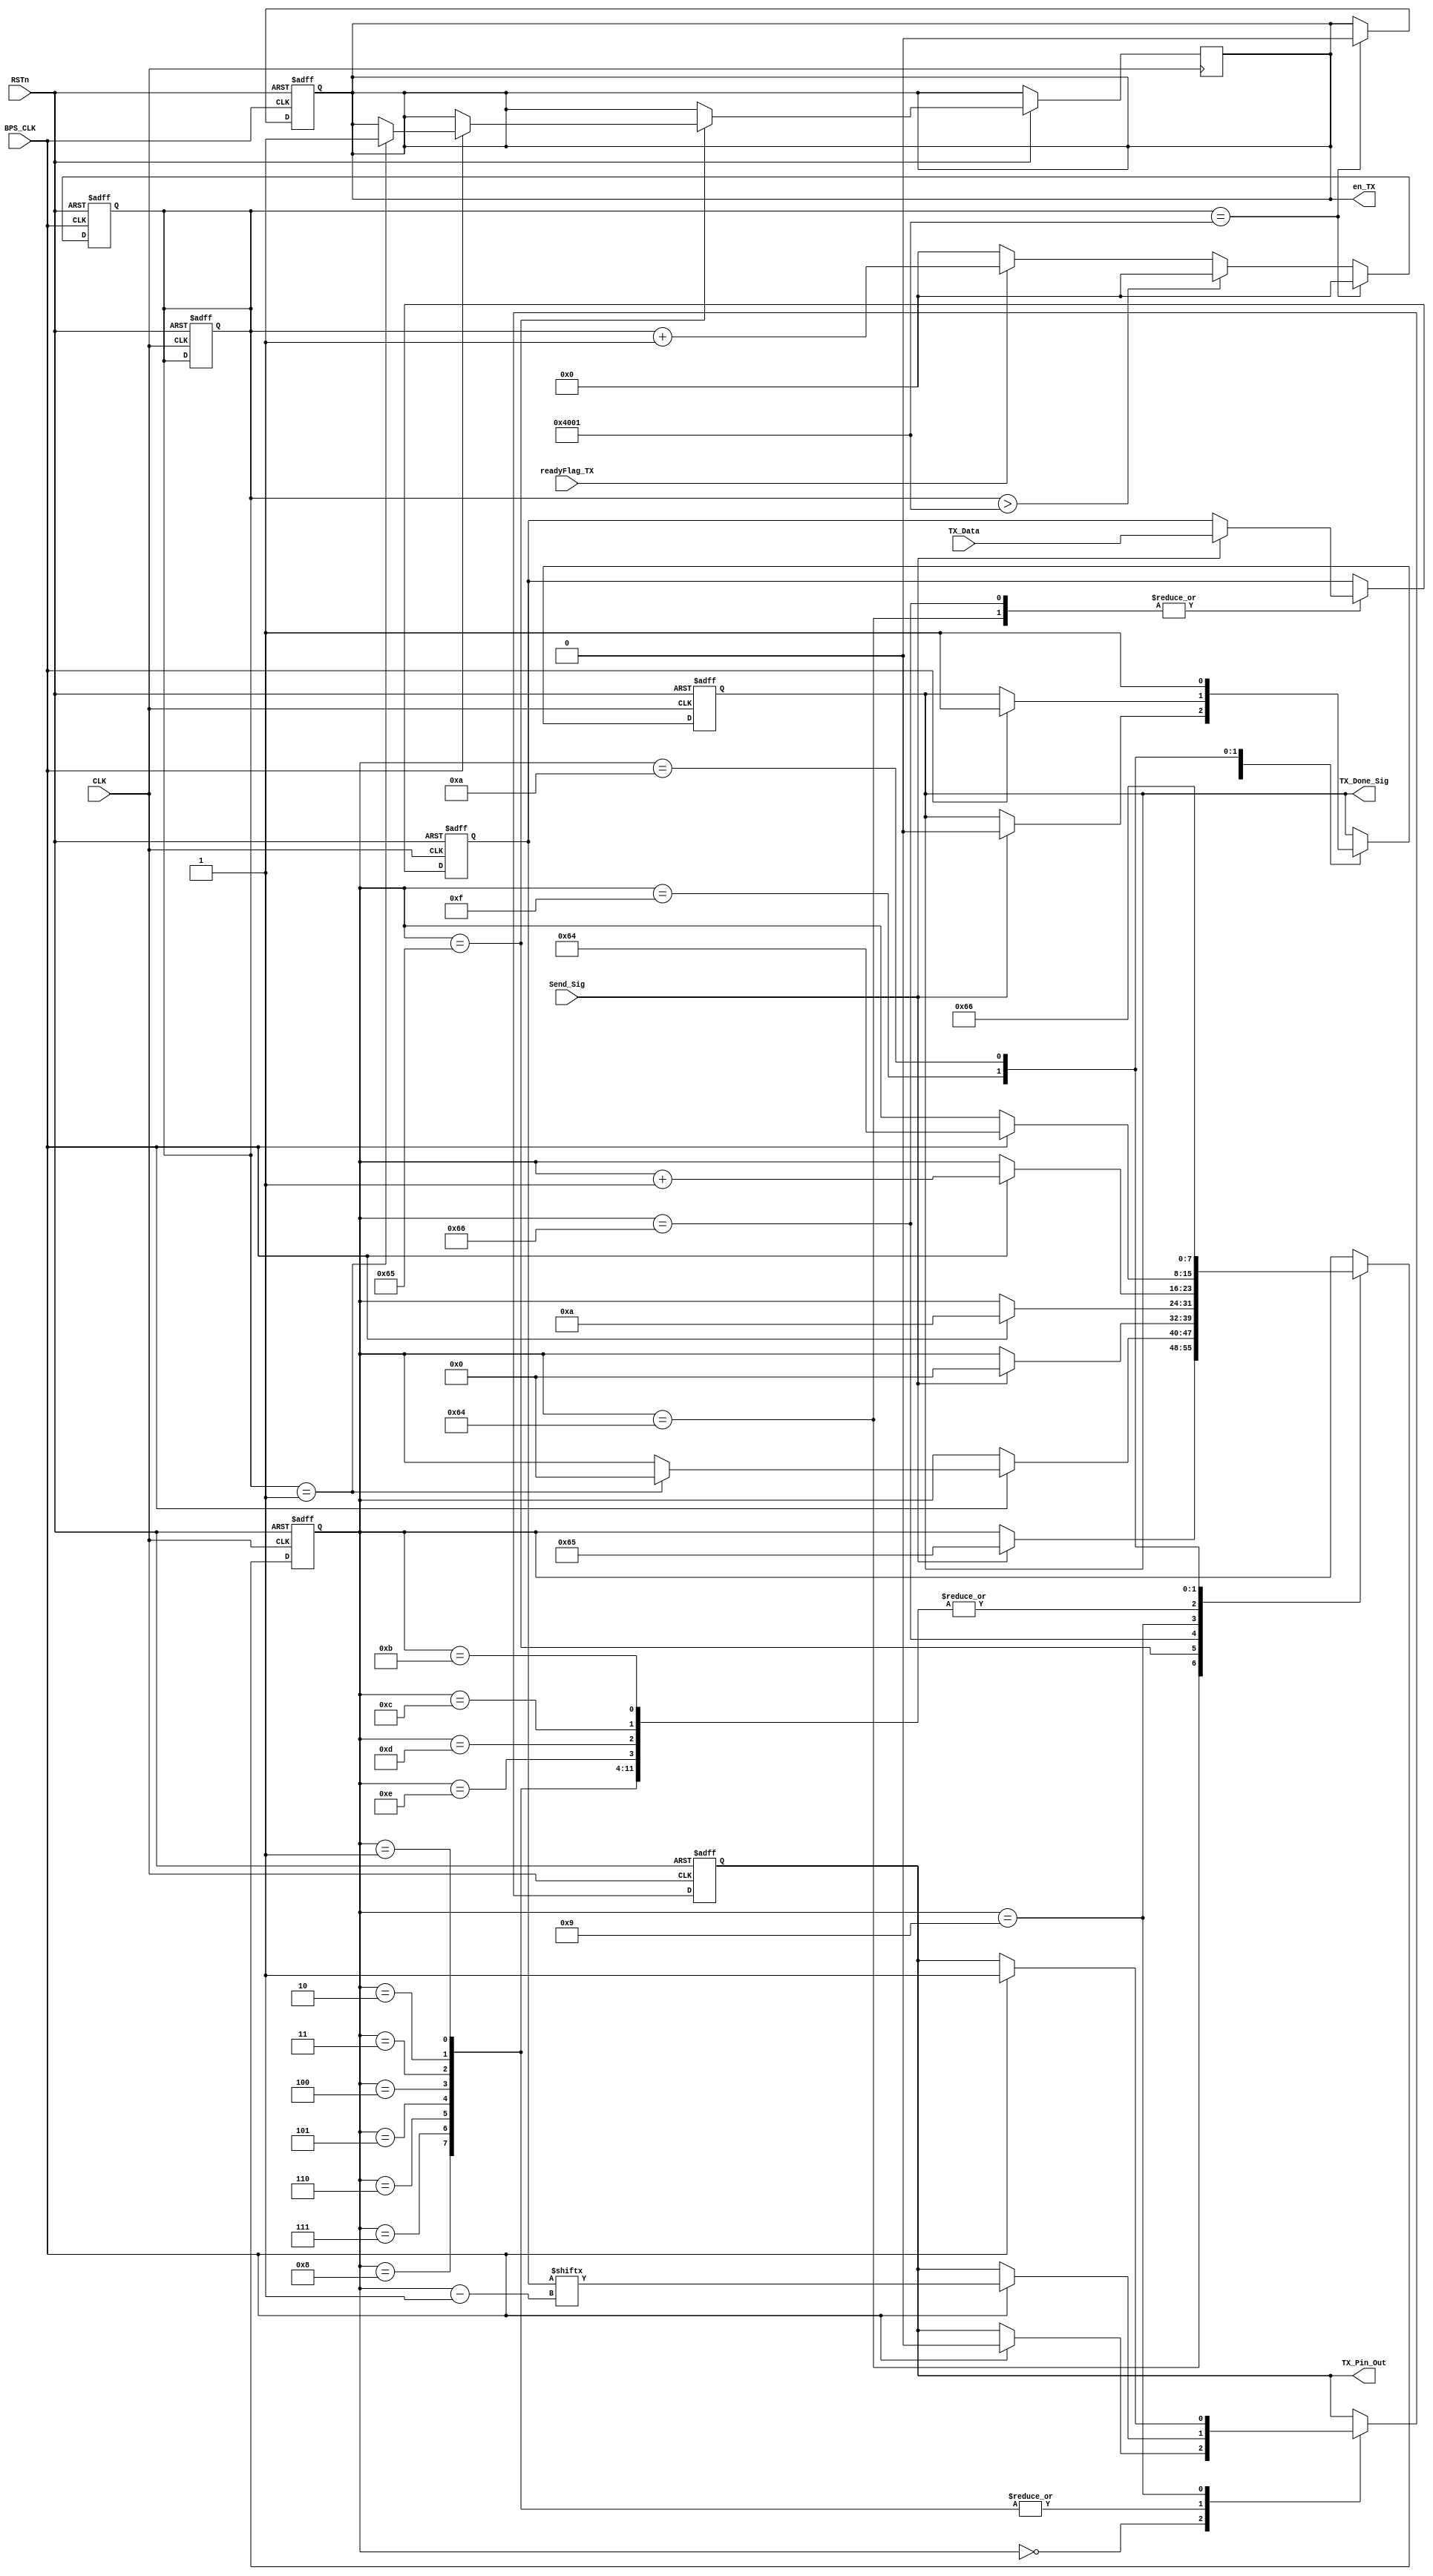
module tx_control_module
(
    CLK, RSTn,
	Send_Sig, TX_Data, BPS_CLK, 
    TX_Done_Sig, TX_Pin_Out,en_TX,readyFlag_TX
);
     input CLK;
	 input RSTn; 
	 input Send_Sig;
	 input [7:0]TX_Data;
	 input BPS_CLK;
	 input readyFlag_TX;
	 output TX_Done_Sig;
	 output TX_Pin_Out;
	 output en_TX;
	 /********************************************************/
	 reg [7:0] i;
	 reg [7:0] TX_Buf;
	 reg [7:0] count;
	 reg [15:0]count_ready;
	 reg rTX;
	 reg isDone;
	 reg en;
	 always @ ( posedge CLK or negedge RSTn )
	    if( !RSTn )
		    begin
		        i 		<= 8'd100;
		        TX_Buf	<= 8'd0;
				rTX 	<= 1'b1;
				isDone 	<= 1'b1;
				count   <= 1'b0;
				count_ready <= 16'd0;
			end
		else 
		 case(i)
		        8'd100:
		          if( Send_Sig)
                          begin i <= 8'd101;TX_Buf <= TX_Data;isDone <= 1'b0; end
		        8'd101:if( BPS_CLK )begin
		      	       if(count_ready == 16'd1) begin i <= 8'd0; en <= 1'b1; end
		      	end
		      	8'd102:
                          if( Send_Sig)
                              begin i <= 8'd0;TX_Buf <= TX_Data;isDone <= 1'b0; end
		//      	8'd101:
		//      	begin i <= 8'd0;TX_Buf <= TX_Data;isDone <= 1'b0; end
			    8'd0 :
				if( BPS_CLK ) begin i <= i + 1'b1; rTX <= 1'b0;count <= count + 1'b1;end
				
				8'd1, 8'd2, 8'd3, 8'd4, 8'd5, 8'd6, 8'd7, 8'd8 :
				if( BPS_CLK ) begin i <= i + 1'b1; rTX <= TX_Buf[ i - 1 ]; end
				8'd9 :
				if( BPS_CLK ) 
				    begin if( count == 1638 ) 
				                 begin  i <= 8'd11; rTX <= 1'b1;count <= 1'b0;end
				                 else  
				                     begin  i <= 8'd10; rTX <= 1'b1;end
				      end
				8'd11, 8'd12, 8'd13, 8'd14:
				if( BPS_CLK )  begin i <= i + 1'b1;end      
				8'd15:
				if( BPS_CLK )  begin i <= 8'd100;isDone <= 1'b1;end  
				     
				8'd10 :
				begin i <= 8'd102; isDone <= 1'b1; end
//              ********************************
//				8'd10 :
//				if(count == 8'd203) 
//			 	   begin i <= 8'd102;end
//				     else
//				         begin i <= 8'd100;isDone <= 1'b1;end
//				8'd102, 8'd103, 8'd104, 8'd105, 8'd106, 8'd107, 8'd108:
//                if( BPS_CLK ) begin i <= i + 1'b1; rTX <= 0; end
//                8'd109 :
//                if( BPS_CLK ) begin i <= i + 1'b1; rTX <= 1;count   <= 1'b0; en <= 1'b1;end
//              ********************************
			endcase
			
always @ ( posedge BPS_CLK or negedge RSTn )
               if( !RSTn )
                   begin
                       en <= 1'b0;
                       count_ready   <= 16'd0;
                   end
                else
                begin
                	
                    if(readyFlag_TX)
                       begin
//                            if((count_ready == 16'd1) && Send_Sig)
//                            begin en <= 1'b1;count_ready  <=count_ready + 16'd1; end
//                            else
                            count_ready  <=count_ready + 16'd1;
                       end
                    else
                    begin
                        count_ready   <= 16'd0;
                    end

                    if(count_ready == 16'd16385)
                       begin  
                       	en <= 1'b0;  
                       	count_ready   <= 16'd0; 
                       end
                    else if(count_ready > 16'd16385)
                        count_ready   <= 16'd0;
                end
    /********************************************************/
	 assign TX_Pin_Out = rTX;
	 assign TX_Done_Sig = isDone;
	 assign en_TX = en;
//	 assign I=i;
//	 assign Count=count;
	 /*********************************************************/
endmodule